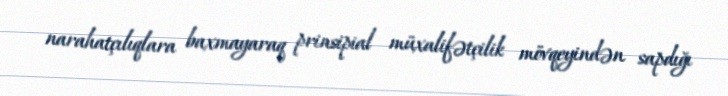
narahatçılıqlara baxmayaraq prinsipial müxalifətçilik mövqeyindən sapdığı